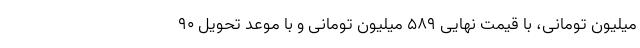
میلیون تومانی، با قیمت نهایی 589 میلیون تومانی و با موعد تحویل 90